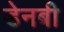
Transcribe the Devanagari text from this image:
डेनबी